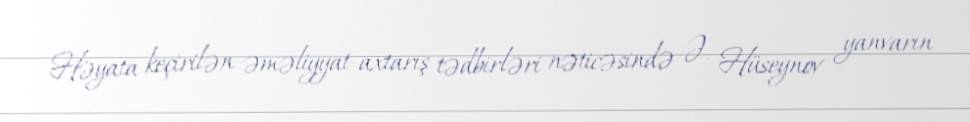
Həyata keçirilən əməliyyat-axtarış tədbirləri nəticəsində Ə. Hüseynov yanvarın